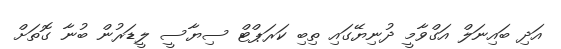
އަދި ބައިނަލް އަގްވާމީ ދުނިޔޭގައި ތިބި ކަރަޕްޓް ސިޔާސީ ލީޑަރުން ބުނާ ގޮތަށް